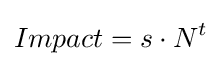
Impact=s\cdot N^{t}